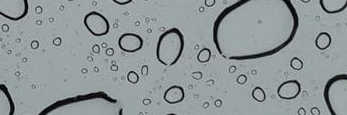
speed limit 60